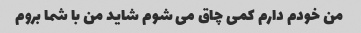
من خودم دارم کمی چاق می شوم شاید من با شما بروم